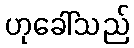
ဟုခေါ်သည်